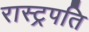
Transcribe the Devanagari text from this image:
रास्ट्रपति